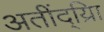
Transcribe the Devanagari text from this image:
अतींद्य्राि